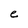
Character: e